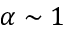
\alpha \sim 1